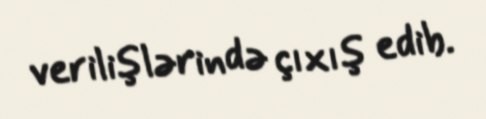
verilişlərində çıxış edib.